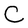
Character: C